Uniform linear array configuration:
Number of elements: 64
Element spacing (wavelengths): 0.5
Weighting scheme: hamming
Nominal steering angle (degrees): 45
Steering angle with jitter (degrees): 43.291
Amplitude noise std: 0.05
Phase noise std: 0.05

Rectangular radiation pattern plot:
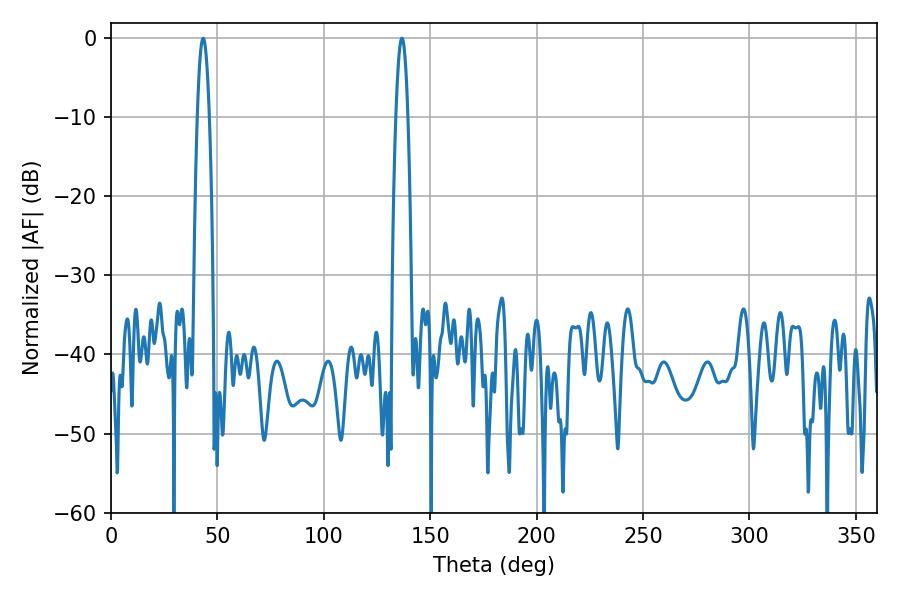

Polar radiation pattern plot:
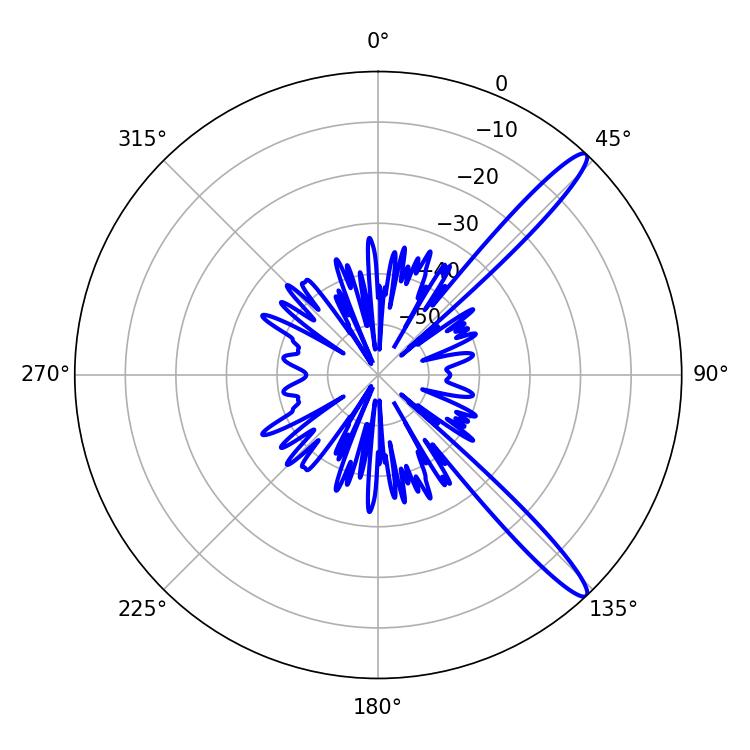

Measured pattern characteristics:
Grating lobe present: FALSE
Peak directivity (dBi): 13.916
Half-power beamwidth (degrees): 3.06
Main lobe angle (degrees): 43.38